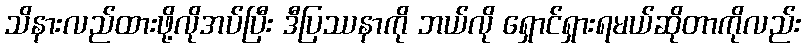
သိနားလည်ထားဖို့လိုအပ်ပြီး ဒီပြဿနာကို ဘယ်လို ရှောင်ရှားရမယ်ဆိုတာကိုလည်း